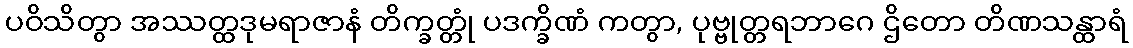
ပဝိသိတွာ အဿတ္ထဒုမရာဇာနံ တိက္ခတ္တုံ ပဒက္ခိဏံ ကတွာ, ပုဗ္ဗုတ္တရဘာဂေ ဌိတော တိဏသန္ထာရံ